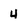
Character: 4